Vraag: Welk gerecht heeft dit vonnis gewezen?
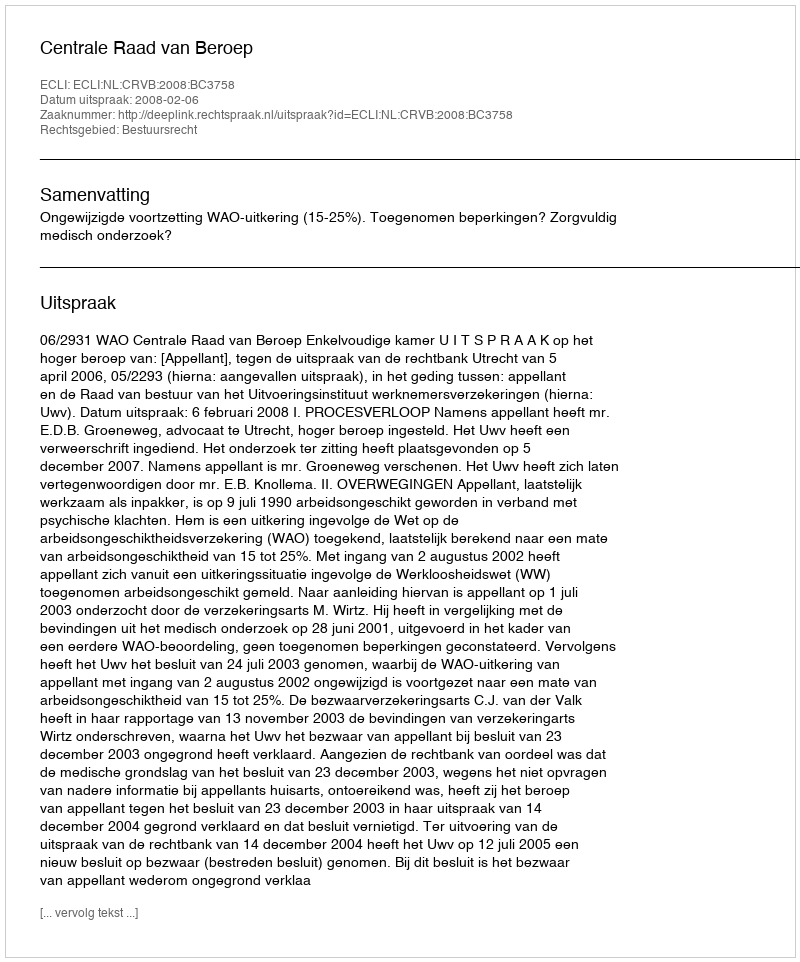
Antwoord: Centrale Raad van Beroep